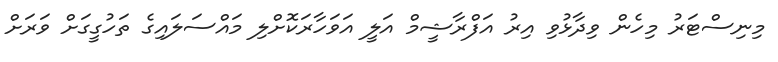
މިނިސްޓަރު މިހެން ވިދާޅުވި އިރު އަފްރާޝީމް އަލީ އަވަހާރަކޮށްލި މައްސަލައިގެ ތަހުގީގަށް ވަރަށް